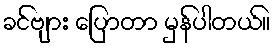
ခင်ဗျား ပြောတာ မှန်ပါတယ်။